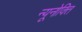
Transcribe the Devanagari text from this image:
न्यूनोक्‍ति